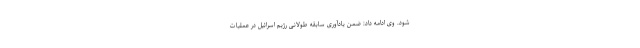
شود. وی ادامه داد: ضمن یادآوری سابقه طولانی رژیم اسرائیل در عملیات